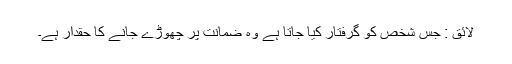
لائق : جِس شخص کو گرفتار کیا جاتا ہے وہ ضمانت پر چھوڑے جانے کا حقدار ہے۔